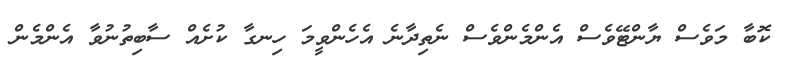
ކޮބާ މަވެސް ޔާންޓޭވެސް އެންމެންވެސް ނެތިދާނެ އެހެންވީމަ ހިނގާ ކުށެއް ސާބިތުނުވާ އެންމެން